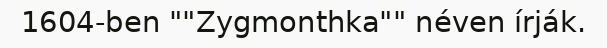
1604-ben ""Zygmonthka"" néven írják.